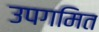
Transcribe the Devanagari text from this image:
उपगमित